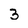
Character: 3